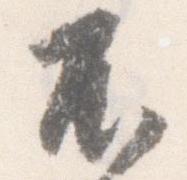
不